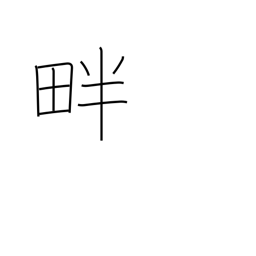
Meaning: levee